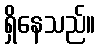
ရှိနေသည်။